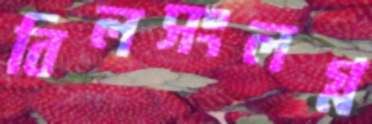
বিলসংলগ্ন